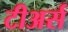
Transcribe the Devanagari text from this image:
टीअर्स